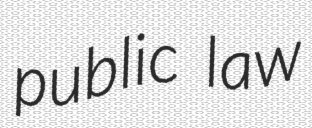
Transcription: public law